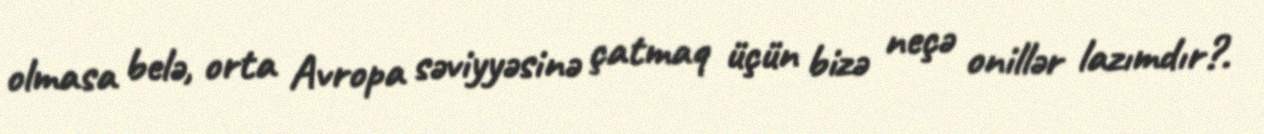
olmasa belə, orta Avropa səviyyəsinə çatmaq üçün bizə neçə onillər lazımdır?.